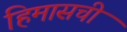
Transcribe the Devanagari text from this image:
हिमासची